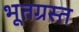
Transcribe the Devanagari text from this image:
भूतग्रस्त